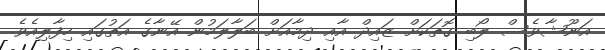
އަނޫޝާވެސް ލޯބި ގޮތަކަށް ޒައިދް އާއި ދިމާއަށް ބަލާލަމުން އޭނާގެ އަތުގައި ހިފާލިއެވެ.